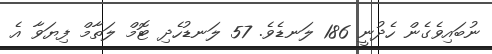
ނުބައިވެގެން ހެދުނީ 186 ލަނޑެވެ. 57 ލަނޑުހެދި ޓޮމް ލަތާމް ފިޔަވާ އެ